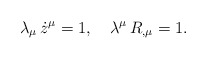
\begin{align*}\lambda_{\mu}\, \dot{z}^{\mu}=1,~~~ \lambda^{\mu}\, R_{, \mu}=1.\end{align*}